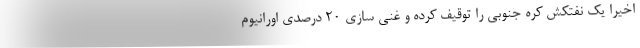
اخیرا یک نفتکش کره جنوبی را توقیف کرده و غنی سازی 20 درصدی اورانیوم